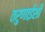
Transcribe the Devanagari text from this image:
तरुणाईशी